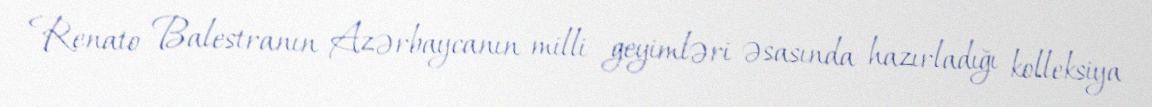
Renato Balestranın Azərbaycanın milli geyimləri əsasında hazırladığı kolleksiya